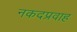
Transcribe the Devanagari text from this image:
नकदप्रवाह